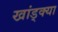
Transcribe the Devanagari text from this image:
खांड्क्या